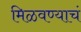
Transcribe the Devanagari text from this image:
मिळवण्याचं